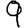
Digit: 9